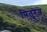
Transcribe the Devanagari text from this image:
पितुरेव